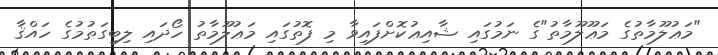
"މަޢުލޫމާތުގެ މަޢޫލޫމާތު"ގެ ނަމުގައި ޝާއިޢުކޮށްފައިވާ މި ފޮތުގައި މަޢުލޫމާތު ހޯދައި ލިބިގަތުމުގެ ހައްޤާ